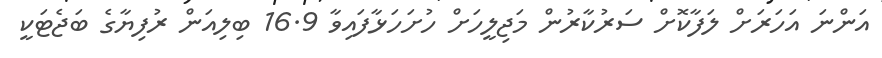
އަންނަ އަހަރަށް ލަފާކޮށް ސަރުކާރުން މަޖިލީހަށް ހުށަހަޅާފައިވާ 16.9 ބިލިއަން ރުފިޔާގެ ބަޖެޓަކީ